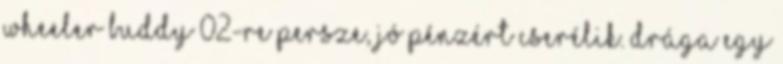
Wheeler Buddy 02-re Persze, jó pénzért cserélik. Drága egy